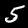
Digit: 5